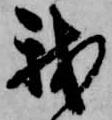
我